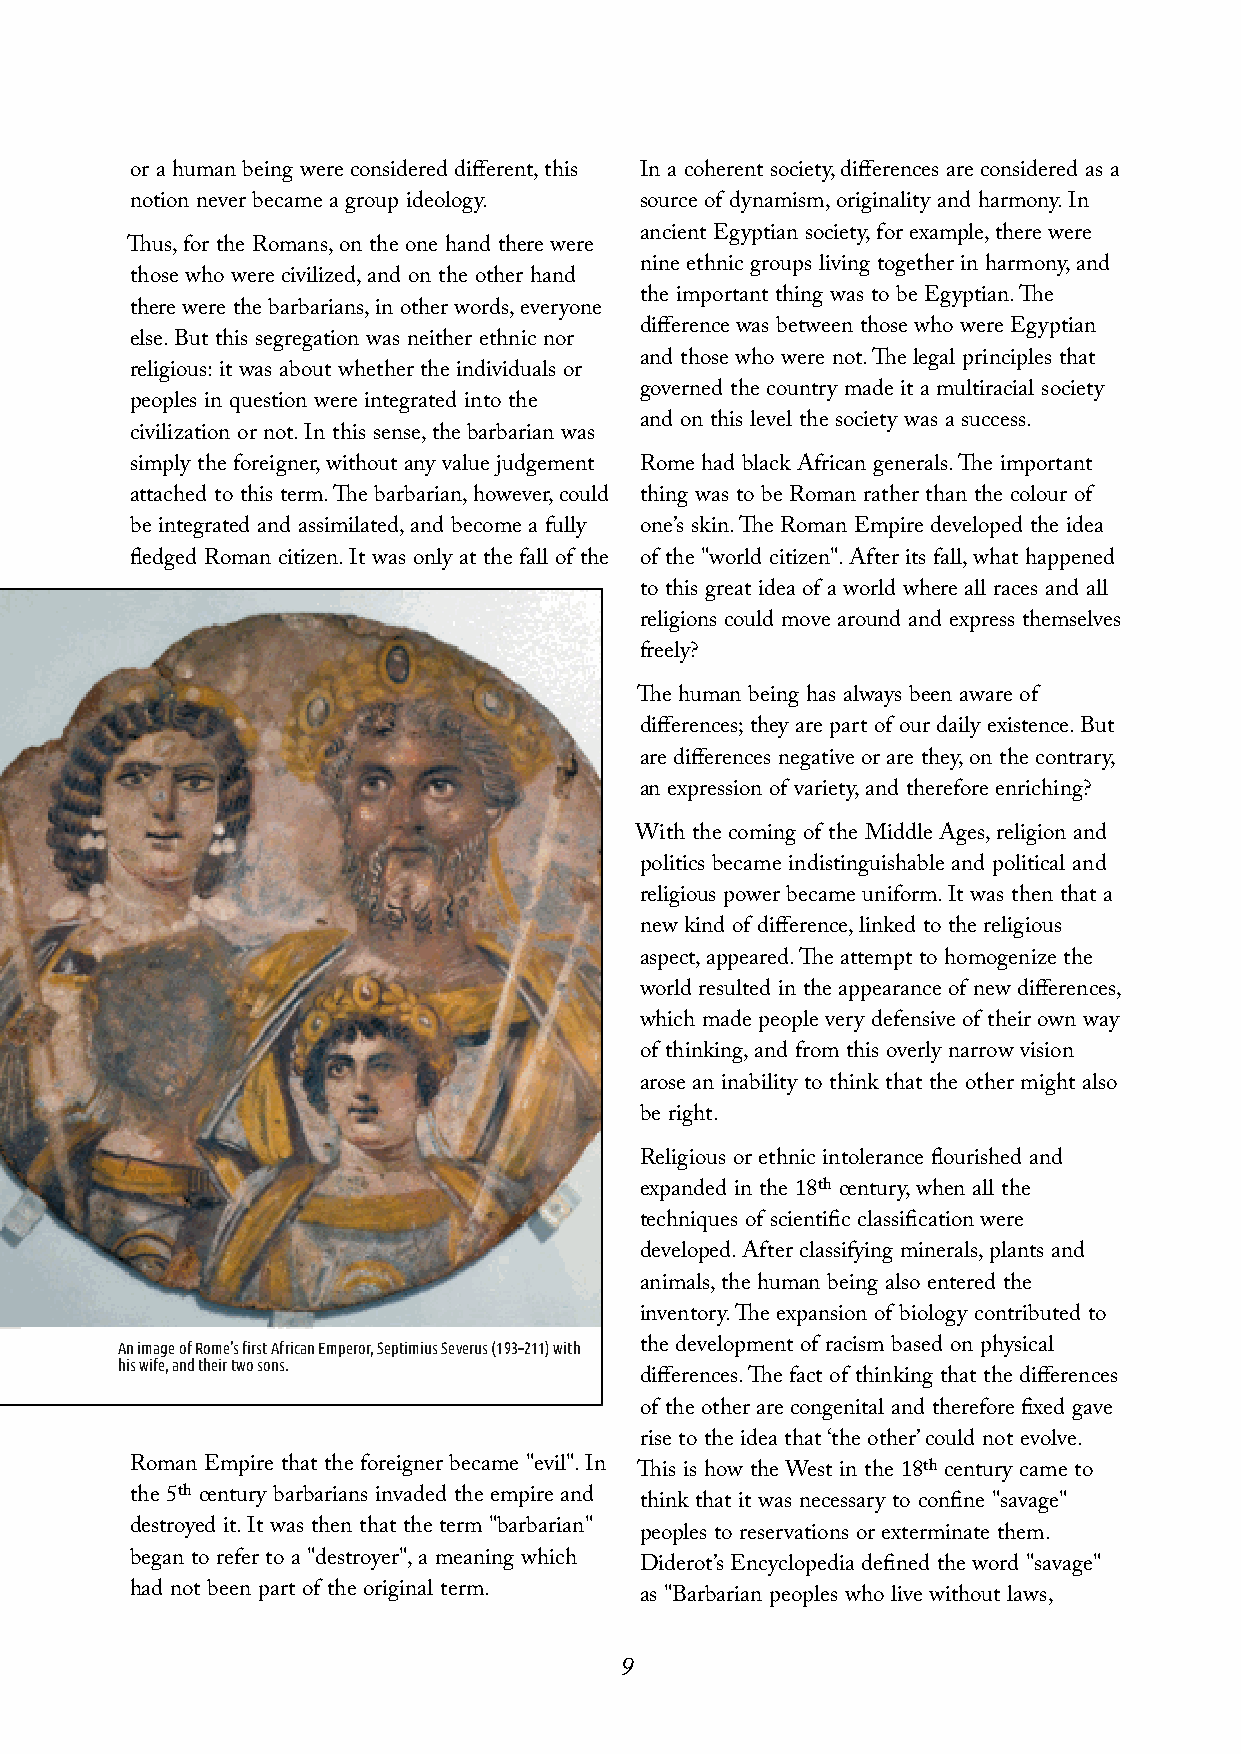
or a human being were considered different,this In a coherent society,differences are considered as a
 notion never became a group ideology. source of dynamism,originality and harmony.In
 ancient Egyptian society,for example,there were
 Thus,for the Romans,on the one hand there were
 nine ethnic groups living together in harmony,and
 those who were civilized,and on the other hand
 the important thing was to be Egyptian.The
 there were the barbarians,in other words,everyone
 difference was between those who were Egyptian
 else.But this segregation was neither ethnic nor
 and those who were not.The legal principles that
 religious:it was about whether the individuals or
 governed the country made it a multiracial society
 peoples in question were integrated into the
 and on this level the society was a success.
 civilization or not.In this sense,the barbarian was
 simply the foreigner,without any value judgement Rome had black African generals.The important
 attached to this term.The barbarian,however,could thing was to be Roman rather than the colour of
 be integrated and assimilated,and become a fully one’s skin.The Roman Empire developed the idea
 fledged Roman citizen.It was only at the fall of the of the "world citizen".After its fall,what happened
 to this great idea of a world where all races and all
 religions could move around and express themselves
 freely?
 The human being has always been aware of
 differences;they are part of our daily existence.But
 are differences negative or are they,on the contrary,
 an expression of variety,and therefore enriching?
 With the coming of the Middle Ages,religion and
 politics became indistinguishable and political and
 religious power became uniform.It was then that a
 new kind of difference,linked to the religious
 aspect,appeared.The attempt to homogenize the
 world resulted in the appearance of new differences,
 which made people very defensive of their own way
 of thinking,and from this overly narrow vision
 arose an inability to think that the other might also
 be right.
 Religious or ethnic intolerance flourished and
 expanded in the 18th century,when all the
 techniques of scientific classification were
 developed.After classifying minerals,plants and
 animals,the human being also entered the
 inventory.The expansion of biology contributed to
 the development of racism based on physical
 AnimageofRome’sfirstAfricanEmperor,SeptimiusSeverus(193–211)with
 hiswife,andtheirtwosons.
 differences.The fact of thinking that the differences
 of the other are congenital and therefore fixed gave
 rise to the idea that‘the other’could not evolve.
 Roman Empire that the foreigner became "evil".In This is how the West in the 18th century came to
 the 5th century barbarians invaded the empire and think that it was necessary to confine "savage"
 destroyed it.It was then that the term "barbarian" peoples to reservations or exterminate them.
 began to refer to a "destroyer",a meaning which Diderot’s Encyclopedia defined the word "savage"
 had not been part of the original term. as "Barbarian peoples who live without laws,
 9
 Photobysocialcut.comonUnsplash